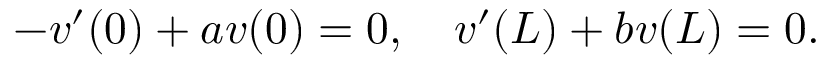
- v ^ { \prime } ( 0 ) + a v ( 0 ) = 0 , \quad v ^ { \prime } ( L ) + b v ( L ) = 0 .